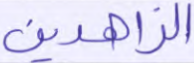
الزاهدين